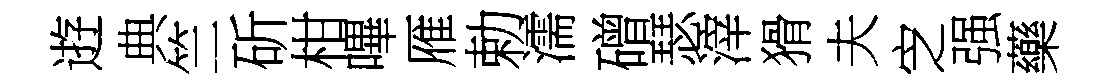
逰典竺斫柑嗶雁勅濡磳瑟滓猾夫㝎强藥